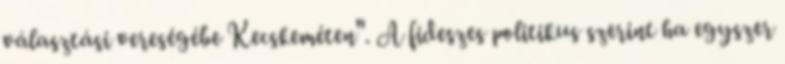
választási vereségébe Kecskeméten". A fideszes politikus szerint ha egyszer